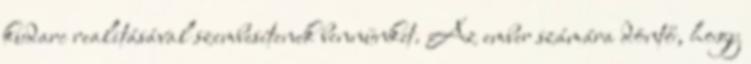
kudarc realitásával szembesítenek bennünket. Az ember számára döntő, hogy